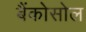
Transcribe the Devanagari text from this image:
बैंकोसोल